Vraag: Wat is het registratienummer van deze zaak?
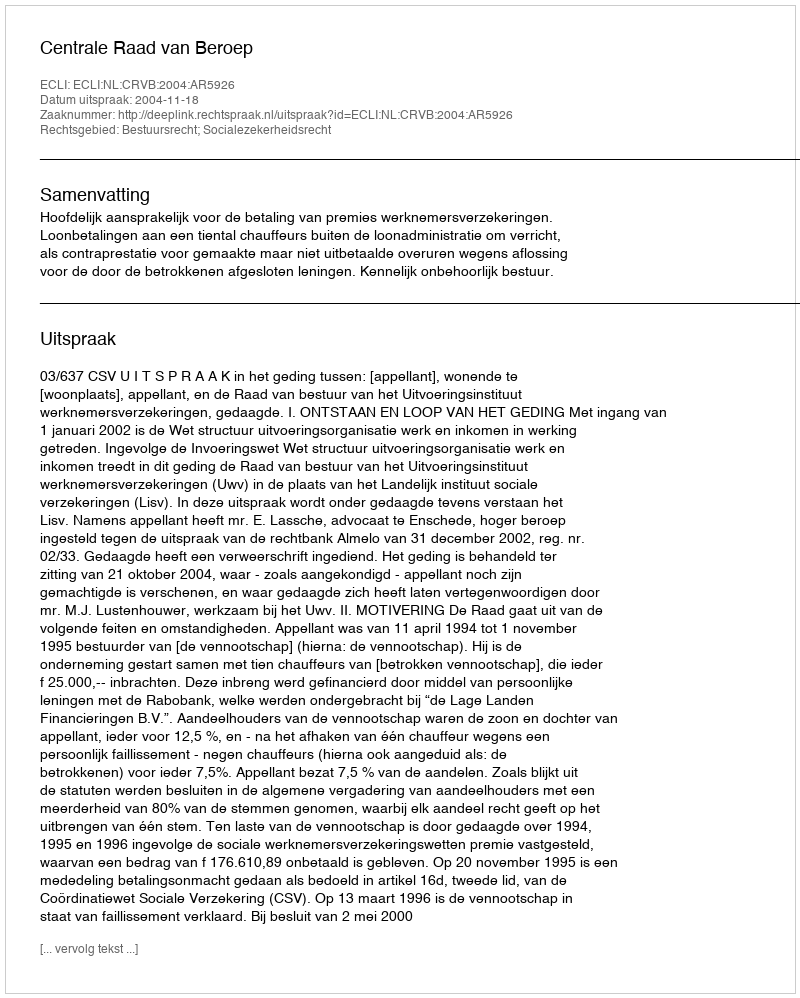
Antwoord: http://deeplink.rechtspraak.nl/uitspraak?id=ECLI:NL:CRVB:2004:AR5926